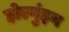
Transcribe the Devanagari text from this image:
होल्गुंइन